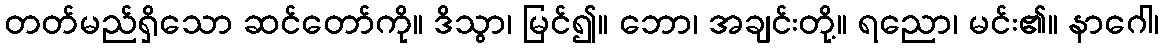
တတ်မည်ရှိသော ဆင်တော်ကို။ ဒိသွာ၊ မြင်၍။ ဘော၊ အချင်းတို့။ ရညော၊ မင်း၏။ နာဂေါ၊